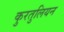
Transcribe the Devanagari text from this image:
कुरतुलियन